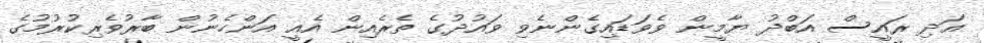
އަދި ރައީސް އަބްދު ޔާމީން ވެވަޑައިގެންނެވި ވައުދުގެ ތެރެއިން އެއީ އަންހެނުން ބާރުވެރިކުރުމުގެ